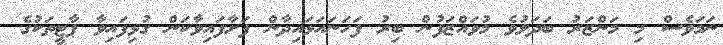
ނަމަވެސް މި މަންޒަރު ބަދަލުވެ މުވައްޒަފުން ބިރު ފަހަނައަޅައިދާން ފަށާފައިވާކަން ގުޅިފައިވާ ޕާޓީތަކުގެ